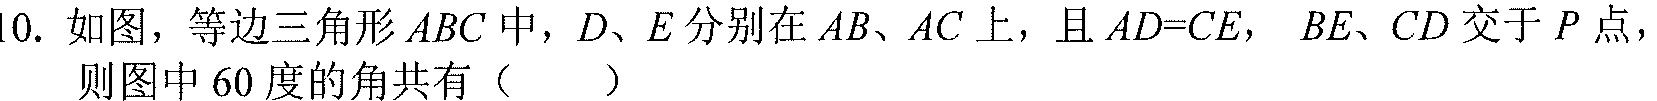
10. 如图，等边三角形 \(ABC\) 中，\(D\)、\(E\) 分别在 \(AB\)、\(AC\) 上，且 \(AD = CE\)， \(BE\)、\(CD\) 交于 \(P\) 点，
则图中 \(60\) 度的角共有（  ）